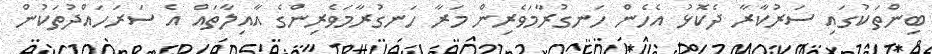
ބިންތަކުގައި ސަރުކާރާ ދެކޮޅު އެހެން ހަނގުރާމަވެރިން މަރާ ހަނގުރާމަވެރިންގެ އާއިލާތައް އެ ސަރަހައްދުތަކުން